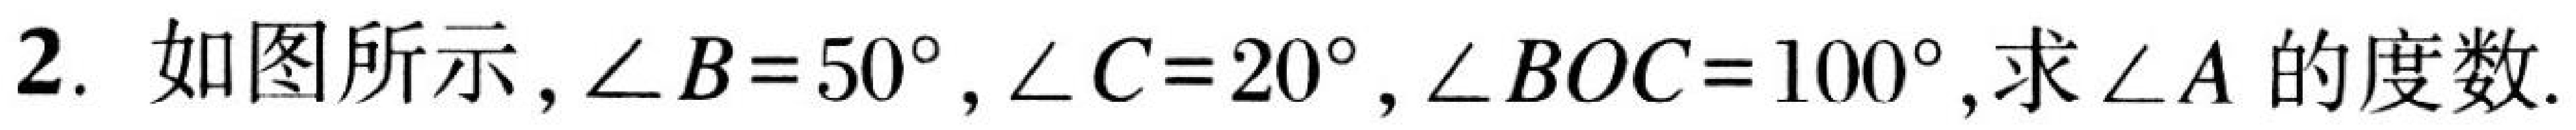
2. 如图所示，$\angle B = 50^{\circ}$，$\angle C = 20^{\circ}$，$\angle BOC = 100^{\circ}$,求$\angle A$的度数.